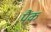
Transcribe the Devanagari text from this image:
पैंक